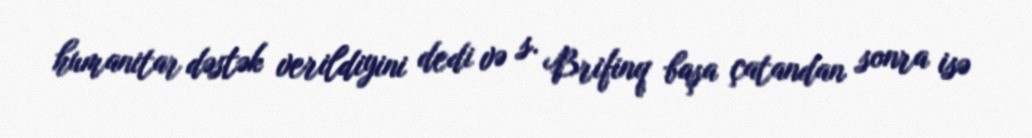
humanitar dəstək verildiyini dedi və s. Brifinq başa çatandan sonra isə